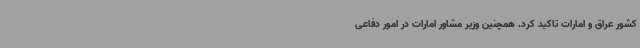
کشور عراق و امارات تاکید کرد. همچنین وزیر مشاور امارات در امور دفاعی